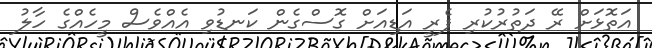
އަތޮޅަށް ރޭ ދަތުރުކުރި ފެރީ އަޑިއަށް ގޮސްގެން ކަނޑުވި އެއްވެސް މީހެއްގެ ހާލު